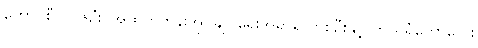
ကောင်စီဝင် ၆ဦး၊ အထက်တန်းအုပ်ချုပ်ရေးအရာရှိ တစ်ဦးနှင့် ကိုယ်ရံတော်လေး